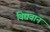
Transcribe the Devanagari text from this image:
विद्यवान